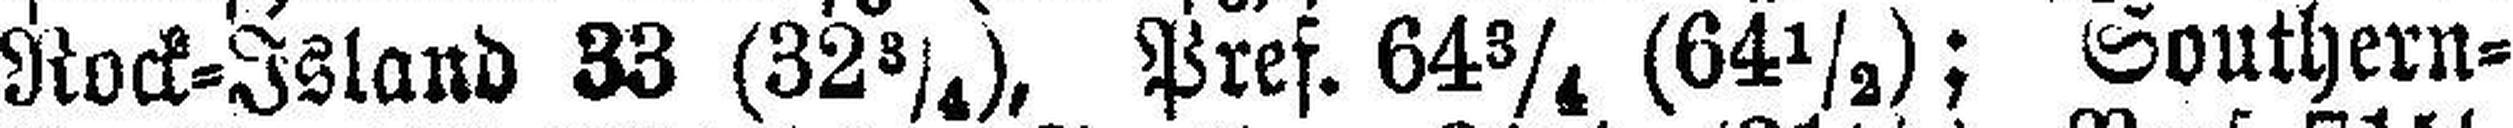
Rock=Island 33 (32¾), Pref. 64¾ (64½); Southern=